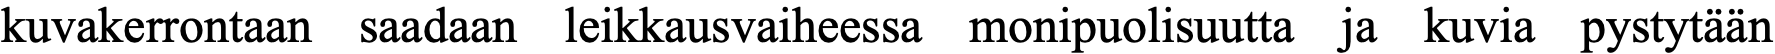
kuvakerrontaan saadaan leikkausvaiheessa monipuolisuutta ja kuvia pystytään